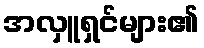
အလှူရှင်များ၏